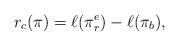
LaTeX: \begin{align*}r_c(\pi)=\ell(\pi_{r}^{e})-\ell(\pi_{b}),\end{align*}